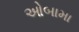
ઓબામા